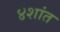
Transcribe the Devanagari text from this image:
४शांत